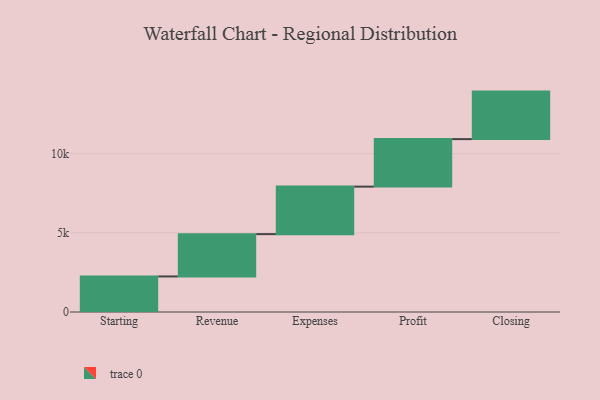
{"axis": {"x": "Step", "y": "Value"}, "legend": [""], "data": [{"x": "Starting", "y": 2245.0, "type": ""}, {"x": "Revenue", "y": 2672.0, "type": ""}, {"x": "Expenses", "y": 3000, "type": ""}, {"x": "Profit", "y": 3000, "type": ""}, {"x": "Closing", "y": 3000, "type": ""}]}